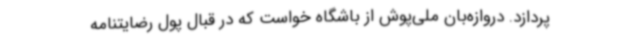
پردازد. دروازه‌بان ملی‌پوش از باشگاه خواست که در قبال پول رضایتنامه